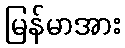
မြန်မာအား